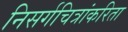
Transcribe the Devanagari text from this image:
निसर्गचित्रांकरिता